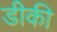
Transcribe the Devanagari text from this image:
डीकी